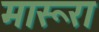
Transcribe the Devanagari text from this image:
मारूरा